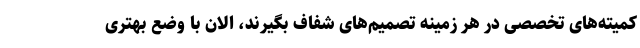
کمیته‌های تخصصی در هر زمینه تصمیم‌های شفاف بگیرند، الان با وضع بهتری